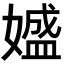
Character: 𡡛